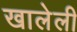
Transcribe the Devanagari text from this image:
खालेली